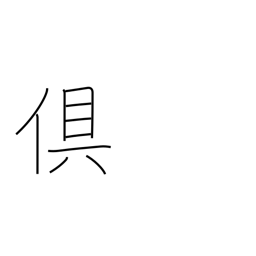
Meaning: both